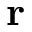
{ \bf r }